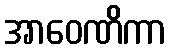
အာဝေဏိကာ